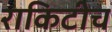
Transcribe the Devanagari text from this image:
राकिटीच